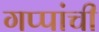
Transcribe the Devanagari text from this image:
गप्पांची